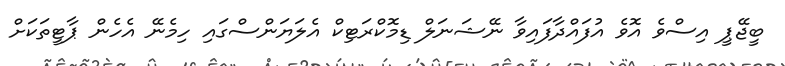
ބީޖޭޕީ އިސްވެ އޮވެ އުފައްދާފައިވާ ނޭޝަނަލް ޑިމޮކްރަޓިކް އެލަޔަންސްގައި ހިމެނޭ އެހެން ޕާޓީތަކަށް